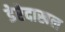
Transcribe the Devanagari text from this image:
डेरेदाखल